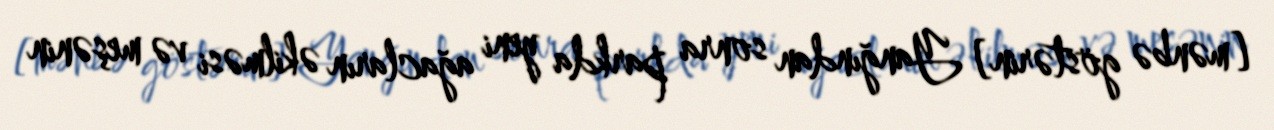
[mənbə göstərin] Yanğından sonra parkda yeni ağacların əkilməsi və meşənin